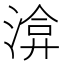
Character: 渰